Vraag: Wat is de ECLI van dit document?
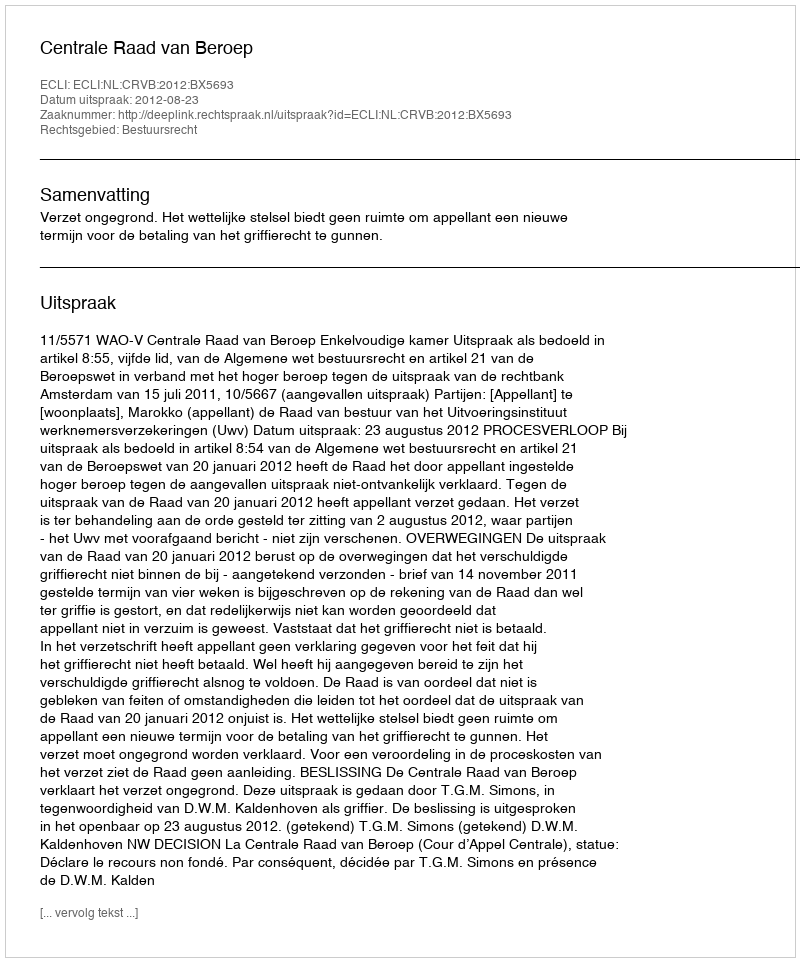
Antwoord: ECLI:NL:CRVB:2012:BX5693